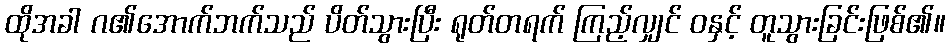
ထိုအခါ ဂ၏အောက်ဘက်သည် ပိတ်သွားပြီး ရုတ်တရက် ကြည့်လျှင် ဝနှင့် တူသွားခြင်းဖြစ်၏။